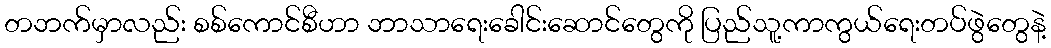
တဘက်မှာလည်း စစ်ကောင်စီဟာ ဘာသာရေးခေါင်းဆောင်တွေကို ပြည်သူ့ကာကွယ်ရေးတပ်ဖွဲတွေနဲ့